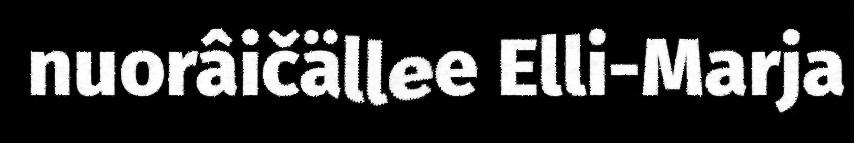
nuorâičällee Elli-Marja